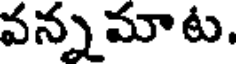
వన్నమాట.